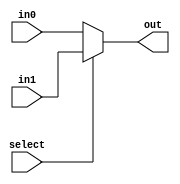
module mux_2(out, select, in0, in1);
	input select;
	input [31:0] in0, in1;
	output [31:0] out;
	assign out = select ? in1 : in0;
endmodule

module mux_4(out, select, in0, in1, in2, in3);
	input [31:0] in0, in1, in2, in3;
	input [1:0] select;
	output [31:0] out;
	
	wire [31:0] w0, w1;
	
	mux_2 mux_lo0(w0, select[0], in0, in1);
	mux_2 mux_lo1(w1, select[0], in2, in3);
	mux_2 mux_hi(out, select[1], w0, w1);
endmodule

module mux_8(out, select, in0, in1, in2, in3, in4, in5, in6, in7);
	input [31:0] in0, in1, in2, in3, in4, in5, in6, in7;
	input [2:0] select;
	output [31:0] out;
	
	wire [31:0] w0, w1;
	
	mux_4 mux_lo0(w0, select[1:0], in0, in1, in2, in3);
	mux_4 mux_lo1(w1, select[1:0], in4, in5, in6, in7);
	mux_2 mux_hi(out, select[2], w0, w1);
endmodule

module mux_16(out, select, in0, in1, in2, in3, in4, in5, in6, in7,
in8, in9, in10, in11, in12, in13, in14, in15);
	input [31:0] in0, in1, in2, in3, in4, in5, in6, in7, in8, in9, in10, in11, in12, in13, in14, in15;
	input [3:0] select;
	output [31:0] out;
	
	wire [31:0] w0, w1;
	
	mux_8 mux_lo0(w0, select[2:0], in0, in1, in2, in3, in4, in5, in6, in7);
	mux_8 mux_lo1(w1, select[2:0], in8, in9, in10, in11, in12, in13, in14, in15);
	mux_2 mux_hi(out, select[3], w0, w1);
endmodule

module mux_32(out, select, in0, in1, in2, in3, in4, in5, in6, in7,
in8, in9, in10, in11, in12, in13, in14, in15,
in16, in17, in18, in19, in20, in21, in22, in23,
in24, in25, in26, in27, in28, in29, in30, in31);
	input [31:0] in0, in1, in2, in3, in4, in5, in6, in7, 
	in8, in9, in10, in11, in12, in13, in14, in15,
	in16, in17, in18, in19, in20, in21, in22, in23,
	in24, in25, in26, in27, in28, in29, in30, in31;
	input [4:0] select;
	output [31:0] out;
	
	wire [31:0] w0, w1;
	
	mux_16 mux_lo0(w0, select[3:0], in0, in1, in2, in3, in4, in5, in6, in7,
	in8, in9, in10, in11, in12, in13, in14, in15);
	mux_16 mux_lo1(w1, select[3:0], in16, in17, in18, in19, in20, in21, in22, in23,
	in24, in25, in26, in27, in28, in29, in30, in31);
	mux_2 mux_hi(out, select[4], w0, w1);
endmodule